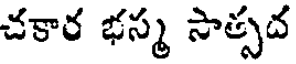
చకార భస్మ సాత్సద